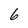
Character: 6